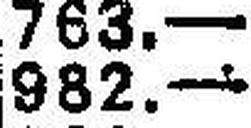
—.—